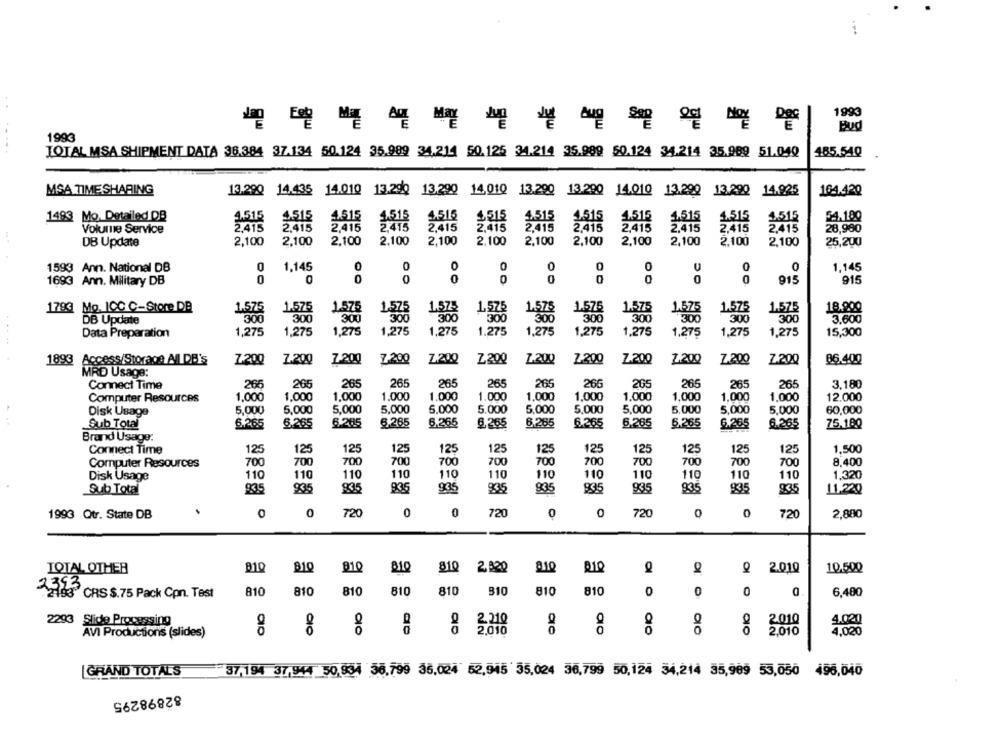
. .
1993
Bud
1993
TOTAL MSA SHIPMENT DATA 36.384 37.134 50.124 35.989 34.214 50.125 34.214 35.989 50.124 34.214 35.989 51.040
485.540
MSA TIME SHARING
13.290 14.435 14.010 13.290
13.290 14.010 13.290 13 290 14.010 13.290 13.290 14.925
164.420
4.515
4515
4.515
4,515
4.516
1493 Mo. Detailed DB
4.515
4.515
1.515
4.516
1.515
1.515
3.515
Volume Service
2.415
2.415
2.415
2.415
2.415
2,415
2.415
2.415
2.415
2.415
2,415
28.980
DB Update
2,100
2,100
2,100
2.100
2,100
2,100
2,100
2,100
2,100
2,100
2,100
2,100
25,200
1593 Ann. National DB
0
1,145
0
0
0
0
0
1,145
1693 Ann. Military DB
0
20
0
0
0
0
0
OO
0
0
915
915
1783 Mo. ICC C-Store DB
1.575
1.575
1.575
1.57-
1.575
1,575
1.575
1.575
1.575
1.575
1.575
1.575
18.900
DB Update
300
300
300
300
300
300
300
300
300
300
300
3.600
Data Preparation
1,275
1,275
1,275
1,275
1,275
1.275
1,275
1,275
1.275
1.275
1,275
1,275
15,300
1893
Access/Storage AIL DB's
7-200
7.200
7-200
7.200
Z.200
Z200
Z.200
Z-200
Z.200
7.200
7.200
Z.200
86.400
MRD Usage:
Connect Time
265
265
265
265
265
265
265
266
265
265
265
265
3.180
Computer Resources
1,000
1,000
1,000
1.000
1.000
1.000
1,000
1.000
1.000
1,000
1,000
1,000
12.000
5.000
5.000
5.000
5.000
5.000
5,000
5.000
5.000
5.000
Disk Usage
5,000
5,000
5,000
60,000
6.265
6.265
6.285
6.265
6.265
6.265
6.265
6.265
6.265
Sub Total
6.265
5.265
6.265
75.100
Brand Usage:
Connect Time
125
125
125
125
125
125
125
125
125
125
125
125
1,500
700
700
Computer Resources
700
700
700
700
700
700
700
700
700
700
8,400
110
110
110
110
110
110
110
1,320
Disk Usage
110
110
110
110
110
Sub Total
93.5
935
835
935
935
935
935
935
935
835
835
11.220
0
720
0
0
720
0
0
0
1993 Qtr. State DB
720
0
720
2,880
TOTAL OTHER
810
91Q
910
81Q
810
2.320
R1
2.010
10.500
2353
.2193" CRS $.75 Pack Con. Test
810
810
810
810
810
310
810
810
0
0
6,480
2293
Side Processing
2.210
2.010
4.020
9o
2,010
2010
4.020
AVI Productions (slides)
GRAND TOTALS
37,194 37,944 50,834 56.799 35.024 52,945 35,024 36,799 50,124 34,214 35,989 53,050 496,040
82898295